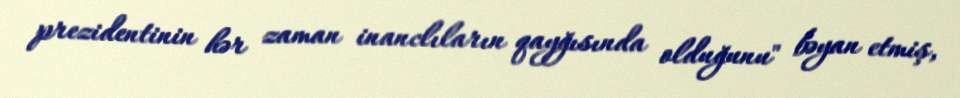
prezidentinin hər zaman inanclıların qayğısında olduğunu" bəyan etmiş,